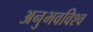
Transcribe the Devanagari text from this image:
अनुभवविश्‍व